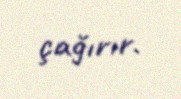
çağırır.